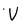
Character: V